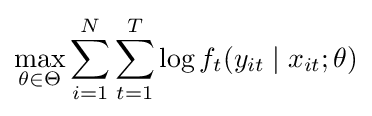
\max _{\theta \in \Theta }\sum _{i=1}^{N}\sum _{t=1}^{T}\log f_{t}(y_{it}\mid x_{it};\theta )